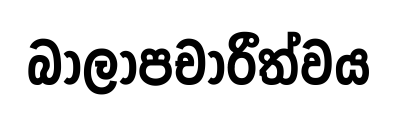
බාලාපචාරීත්වය